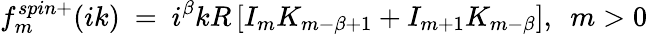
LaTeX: f_{m}^{spin+}(ik)\ =\ i^{\beta}kR\left[I_{m}K_{m-\beta+1}+I_{m+1}K_{m-\beta}\right],\ \ m>0